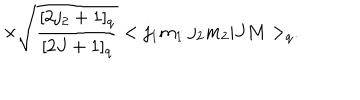
\times \sqrt { \frac { [ 2 j _ { 2 } + 1 ] _ { q } } { [ 2 J + 1 ] _ { q } } } < j _ { 1 } m _ { 1 } \ j _ { 2 } m _ { 2 } | J M > _ { q } .